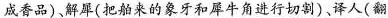
成香品)，解犀(把舶来的象牙和犀牛角进行切割)译人(翻